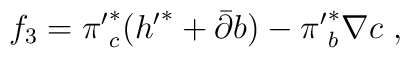
f_3={\pi '}^*_c({h '}^*+{\bar \partial} b)-{\pi '}^*_b\nabla c\ ,